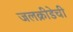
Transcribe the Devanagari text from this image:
जलक्रीडेची